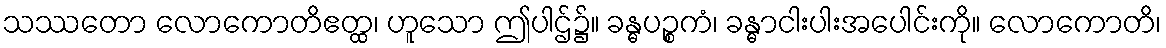
သဿတော လောကောတိဧတ္ထ၊ ဟူသော ဤပါဌ်၌။ ခန္ဓပဉ္စကံ၊ ခန္ဓာငါးပါးအပေါင်းကို။ လောကောတိ၊